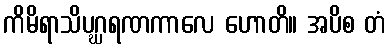
ကိမိရာသိပဂ္ဃရဏကာလေ ဟောတိ။ အပိစ တံ